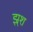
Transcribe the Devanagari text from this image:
झ्र्श